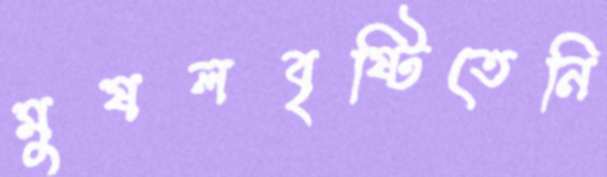
মুষলবৃষ্টিতেনি